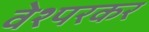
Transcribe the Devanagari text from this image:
वेश्परकर